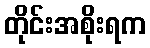
တိုင်းအစိုးရက